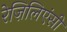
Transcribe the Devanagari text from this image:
रेज़िलिएंसी